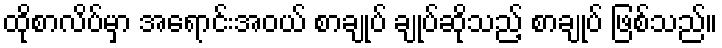
ထိုစာလိပ်မှာ အရောင်းအဝယ် စာချုပ် ချုပ်ဆိုသည့် စာချုပ် ဖြစ်သည်။